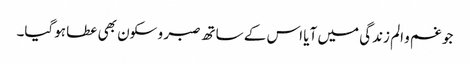
جو غم و الم زندگی میں آیا اس کے ساتھ صبر و سکون بھی عطا ہوگیا۔